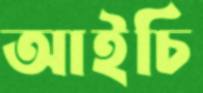
আইচি